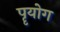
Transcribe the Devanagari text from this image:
पॄयोग